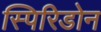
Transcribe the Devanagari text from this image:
स्पिरिडोन